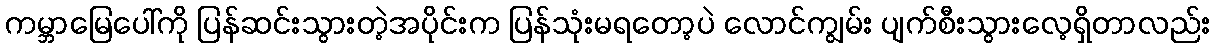
ကမ္ဘာမြေပေါ်ကို ပြန်ဆင်းသွားတဲ့အပိုင်းက ပြန်သုံးမရတော့ပဲ လောင်ကျွမ်း ပျက်စီးသွားလေ့ရှိတာလည်း